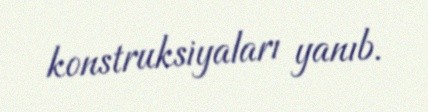
konstruksiyaları yanıb.